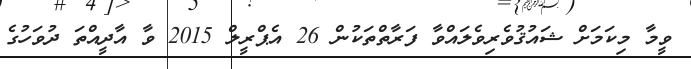
ވީމާ މިކަމަށް ޝައުޤުވެރިވެލައްވާ ފަރާތްތަކުން 26 އެޕްރީލް 2015 ވާ އާދީއްތަ ދުވަހުގެ